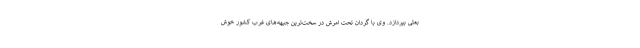
بعثی بپردازد. وی با گردان تحت امرش در سخت‌ترین جبهه‌های غرب کشور خوش